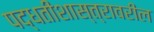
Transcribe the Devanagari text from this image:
पद्धतीशास्त्रावरील